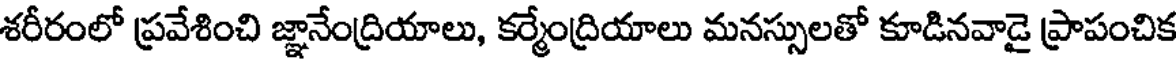
శరీరంలో ప్రవేశించి జ్ఞానేంద్రియాలు, కర్మేంద్రియాలు మనస్సులతో కూడినవాడై ప్రాపంచిక